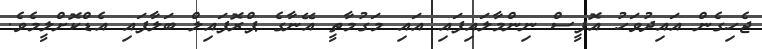
ޖެހިގެން އައިދުވަހު އޮފީސް ނިންމާލައިފައި އައި މަގުމާތީ އޭނާގެ ޕްރޮފައިލް ބަލާފައި އެޑްކޮށްލީމެވެ.